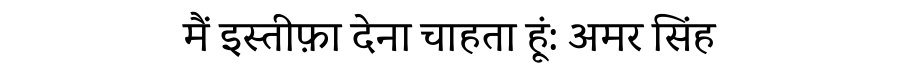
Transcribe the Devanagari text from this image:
मैं इस्तीफ़ा देना चाहता हूं: अमर सिंह